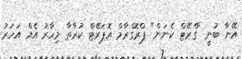
އޭނާ ބުނީ "ގްރޭޓް ކެނަން" ޕްރޮގްރާމް އޮޕަރޭޓް ކުރާތާ މިހާރު އެއް އަހަރު